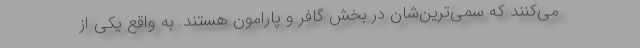
می‌کنند که سمی‌ترین‌شان در بخش گافر و پارامون هستند. به واقع یکی از